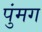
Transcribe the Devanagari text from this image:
पुंमग